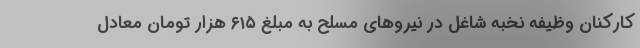
کارکنان وظیفه نخبه شاغل در نیروهای مسلح به مبلغ ۶۱۵ هزار تومان معادل